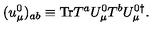
( u _ { \mu } ^ { 0 } ) _ { { a b } } \equiv \mathrm { T r } T ^ { a } U _ { \mu } ^ { 0 } T ^ { b } U _ { \mu } ^ { 0 \dagger } .